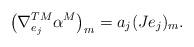
LaTeX: \begin{align*}\bigl(\nabla^{TM}_{e_j}\alpha^M\bigr)_m = a_j (Je_j)_m.\end{align*}